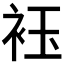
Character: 𮷀